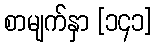
စာမျက်နှာ [၁၄၁]